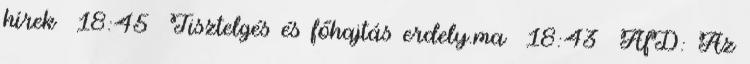
hírek 18:45 Tisztelgés és főhajtás erdely.ma 18:43 AfD: Az